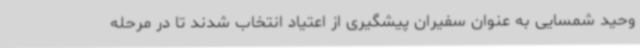
وحید شمسایی به عنوان سفیران پیشگیری از اعتیاد انتخاب شدند تا در مرحله